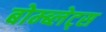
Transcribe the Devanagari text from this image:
बोम्ब्लेट्स